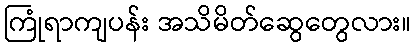
ကြုံရာကျပန်း အသိမိတ်ဆွေတွေလား။